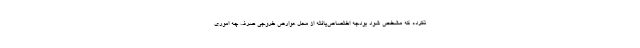
نکرده که مشخص شود بودجه اختصاص‌یافته از محل عوارض خروجی صرف چه اموری